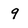
Character: 9